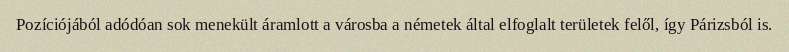
Pozíciójából adódóan sok menekült áramlott a városba a németek által elfoglalt területek felől, így Párizsból is.